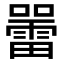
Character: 𡃷